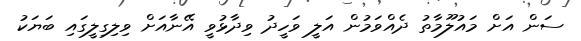
ސަން އަށް މައުލޫމާތު ދެއްވަމުން އަލީ ވަހީދު ވިދާޅުވީ އޭނާއަށް ވިލިގިލީގައި ބަޔަކު